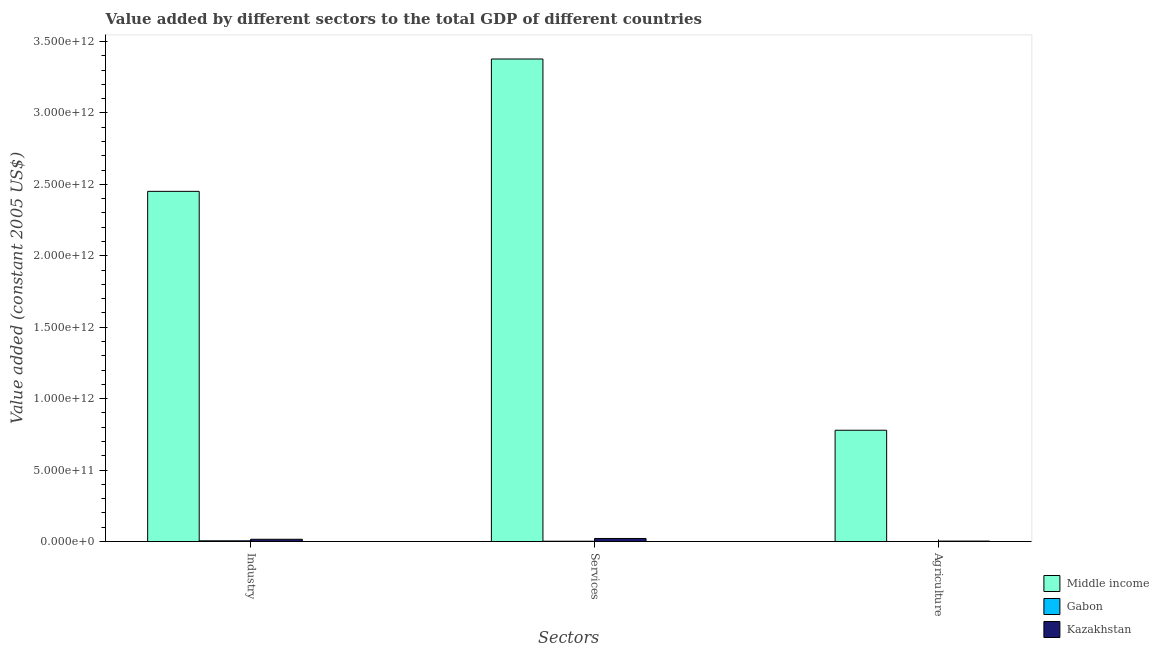
| Sectors | Middle income | Gabon | Kazakhstan |
 | --- | --- | --- | --- |
 | Industry | 2.45e+12 | 5.31e+09 | 1.6e+10 |
 | Services | 3.38e+12 | 2.48e+09 | 2.16e+10 |
 | Agriculture | 7.79e+11 | 4.33e+08 | 3.33e+09 |